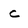
Character: c